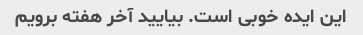
این ایده خوبی است. بیایید آخر هفته برویم